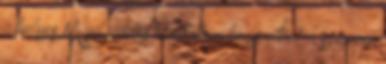
a helyes Majd addig hezitáltam hogy eltűnt a szemem